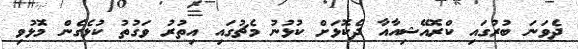
ދެވަނަ ބުރުގައި ކްރޮއޭޝިއާއާ ދެކޮޅަށް ކުޅުނު މެޗުގައި އިތުރު ވަގުތު ކުޅެގެން މޮޅުވި